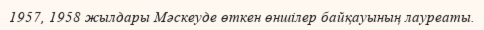
1957, 1958 жылдары Мәскеуде өткен өншілер байқауының лауреаты.